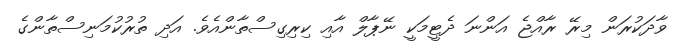
ވާދަކުރަން މިރޭ ރާއްޖެ އަންނަ ދެޓީމަކީ ނޭޕާލް އާއި ކިރިގިސްތާންއެވެ. އަދި ތުރުކުމަނިސްތާންގެ